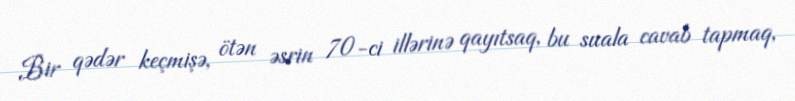
Bir qədər keçmişə, ötən əsrin 70-ci illərinə qayıtsaq, bu suala cavab tapmaq,